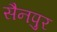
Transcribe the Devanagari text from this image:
सैनपुर